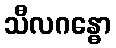
သီလဂန္ဓော